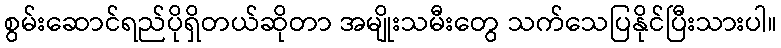
စွမ်းဆောင်ရည်ပိုရှိတယ်ဆိုတာ အမျိုးသမီးတွေ သက်သေပြနိုင်ပြီးသားပါ။